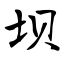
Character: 坝